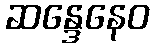
ဆန္ဒေနေဝ